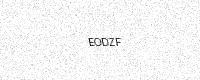
Text: EODZF